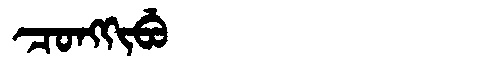
Manchu: ᠴᠣᠩᡴᡳᠪᡠ
Romanization: CONGKIBU